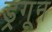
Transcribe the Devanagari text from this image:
ड्रगून